画像に写った文字を読んでください
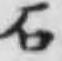
「石」と書いてあります